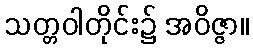
သတ္တဝါတိုင်း၌ အဝိဇ္ဇာ။